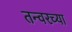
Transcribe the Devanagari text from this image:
तन्वरच्या